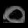
Digit: ၀